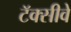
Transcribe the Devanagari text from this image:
टॅक्सीवे